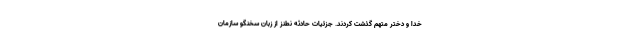
خدا و دختر متهم گذشت کردند. جزئیات حادثه نطنز از زبان سخنگو سازمان